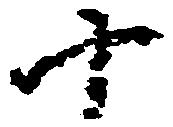
十